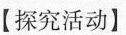
【探究活动】